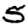
Digit: 5